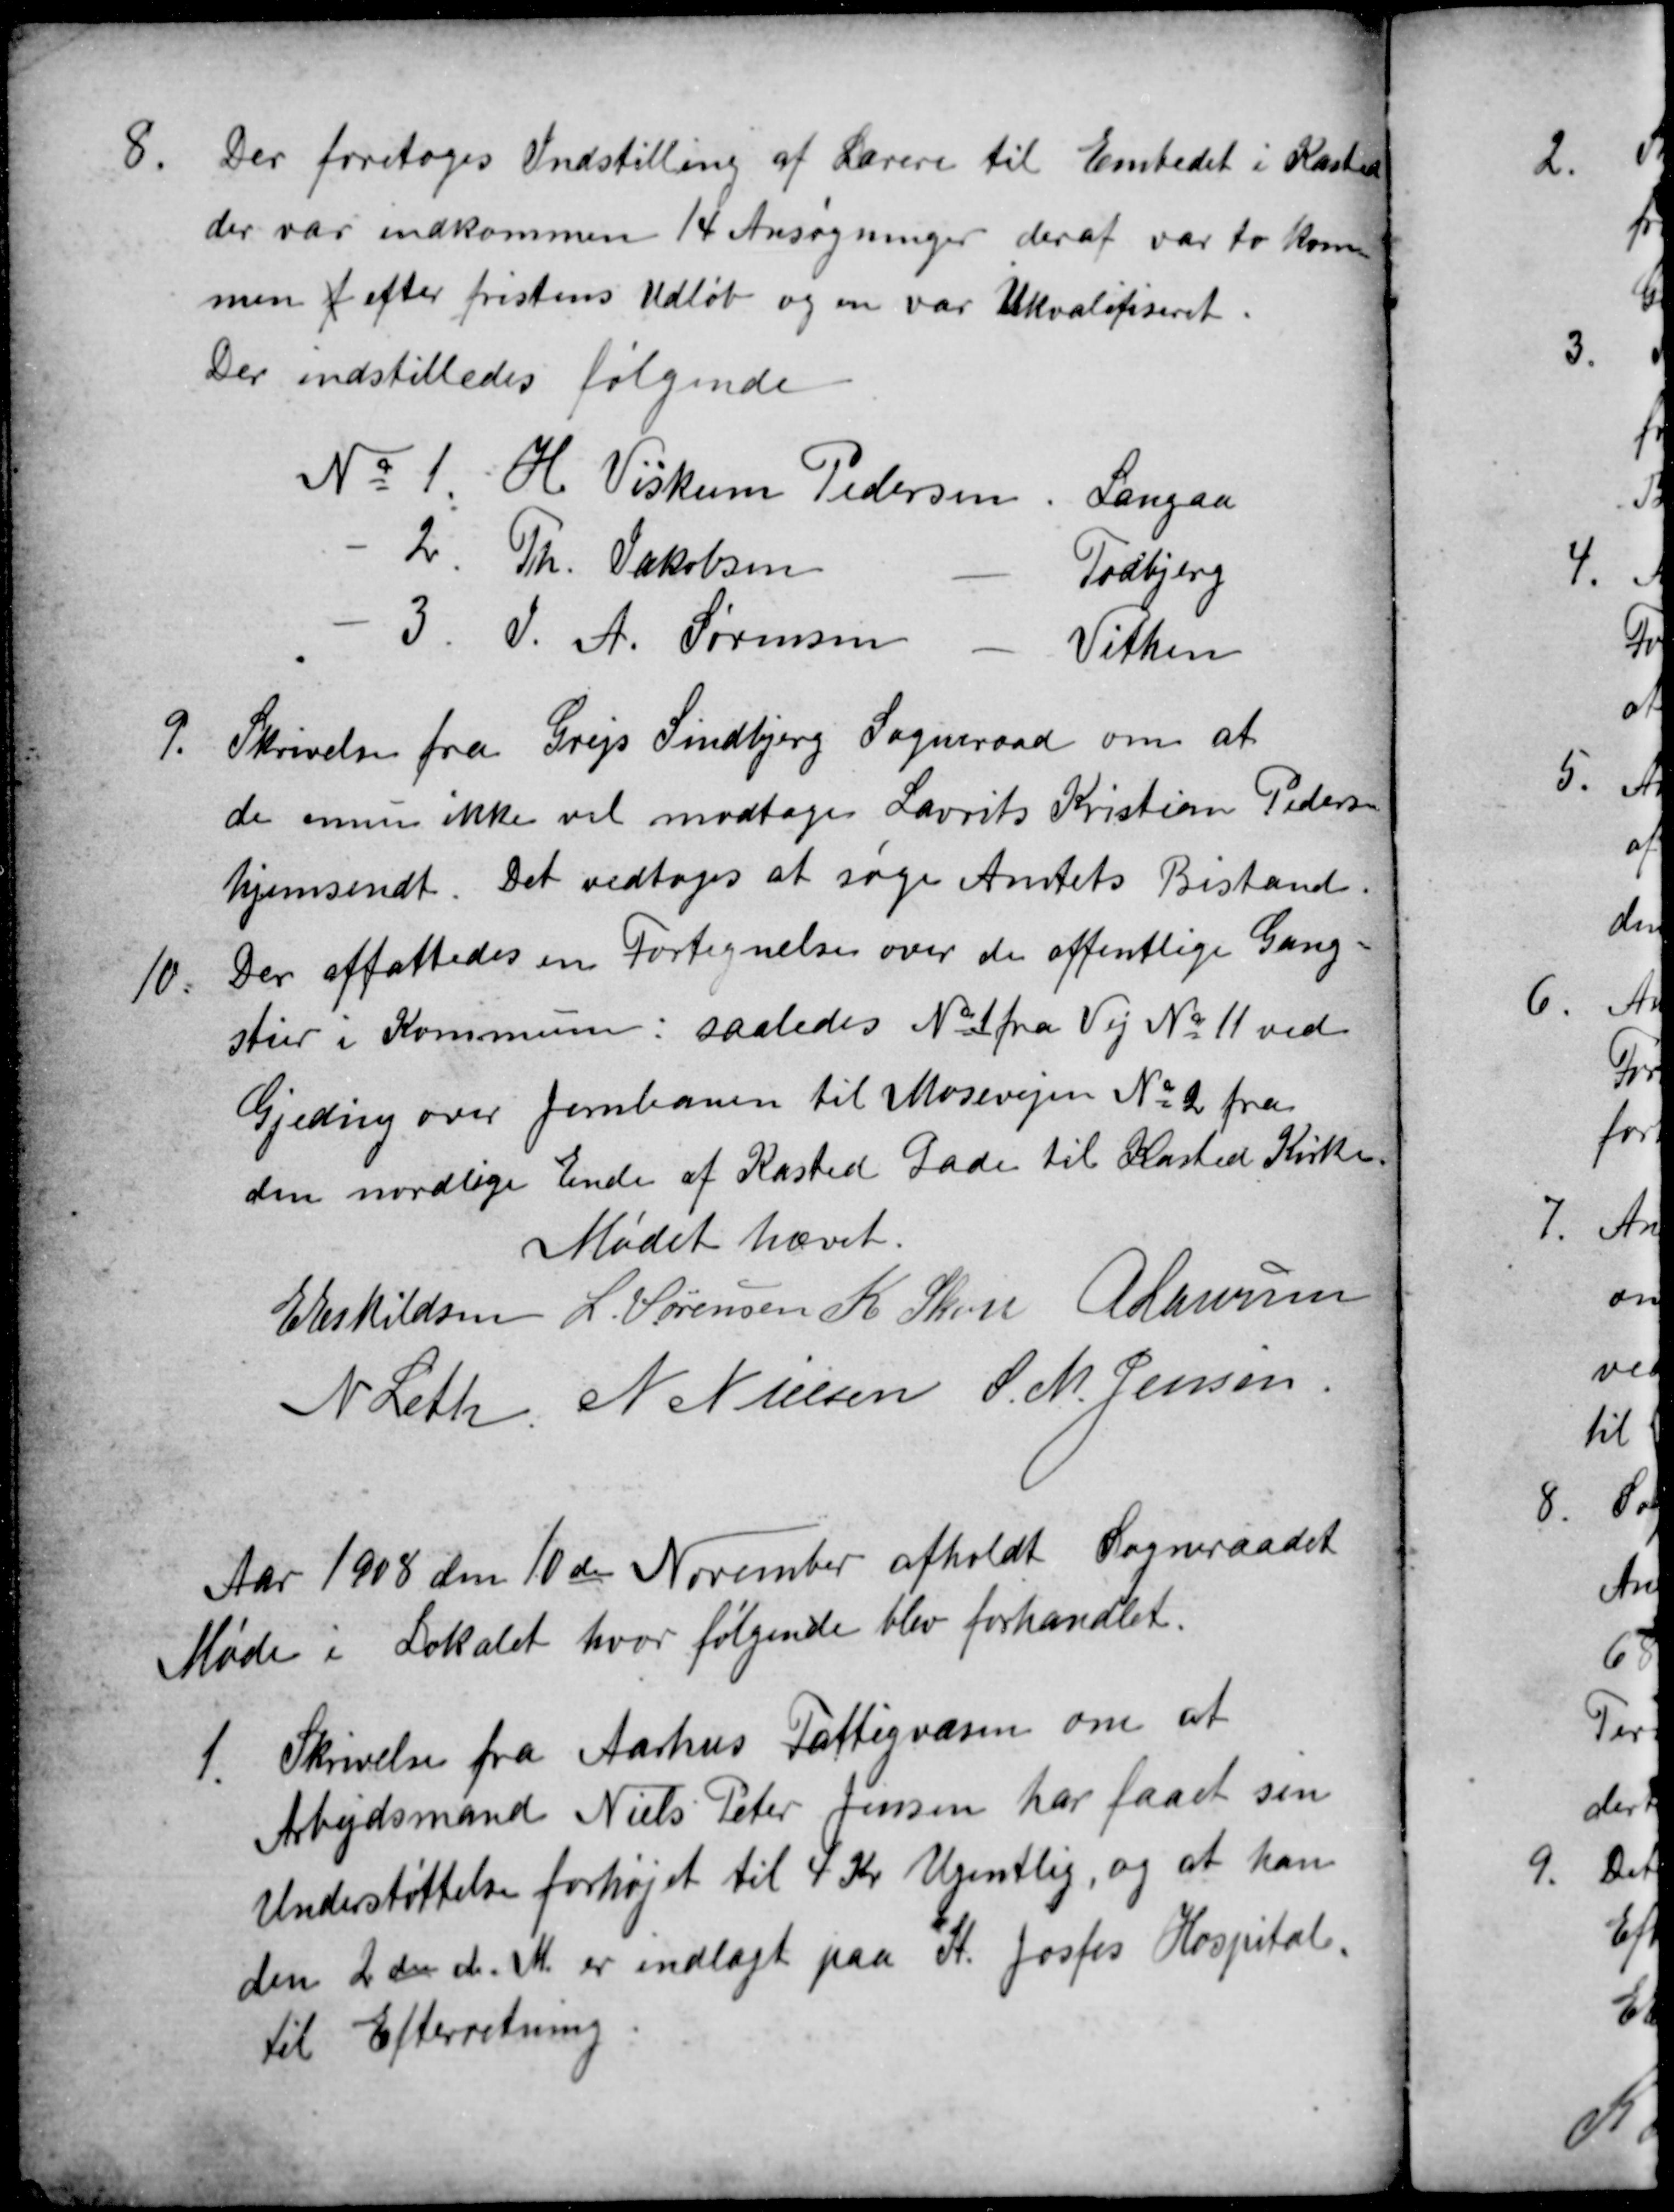
Transskription:
8.
Der foretoges Indstilling af Lærere til Embedet i Kasted
der var indkommen 14 Ansøgninger deraf var to kom-
men f efter fristens Udløb og en var Ukvalifiseret.
Der indstilledes følgende
№ 1. H. Viskum Pedersen, Langaa
2. Th. Jakobsen
Todbjerg
3. S. A. Sørensen
Vithen
9.
Skrivelse fra Grejs Sindbjerg Sogneraad om at
de ennu ikke vil modtage Laurits Kristian Pedersen
hjemsendt. Det vedtoges at søge Amtets Bistand.
10.
Der affattedes en Fortegnelse over de offentlige Gang-
stier i Kommun: saaledes № 1 fra Vej № 11 ved
Gjeding over Jernbanen til Mosevejen № 2 fra
den nordlige Ende af Kasted Gade til Kasted Kirke
Mødet hævet.
E Eskildsen L. Sørensen K Skou A Laursen
N Leth N Nielsen S. M. Jensen
Aar 1908 den 10de November afholdt Sogneraadet
Møde i Lokalet, hvor følgende blev forhandlet.
1.
Skrivelse fra Aarhus Fattigvæsen om at
Arbejdsmand Niels Peter Jensen har faaet sin
Understøttelse forhøjet til 4 Kr Ugentlig, og at han
den 2den d.M. er indlagt paa St. Josfes Hospital.
til Efterretning.